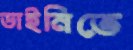
ডাইনিতে